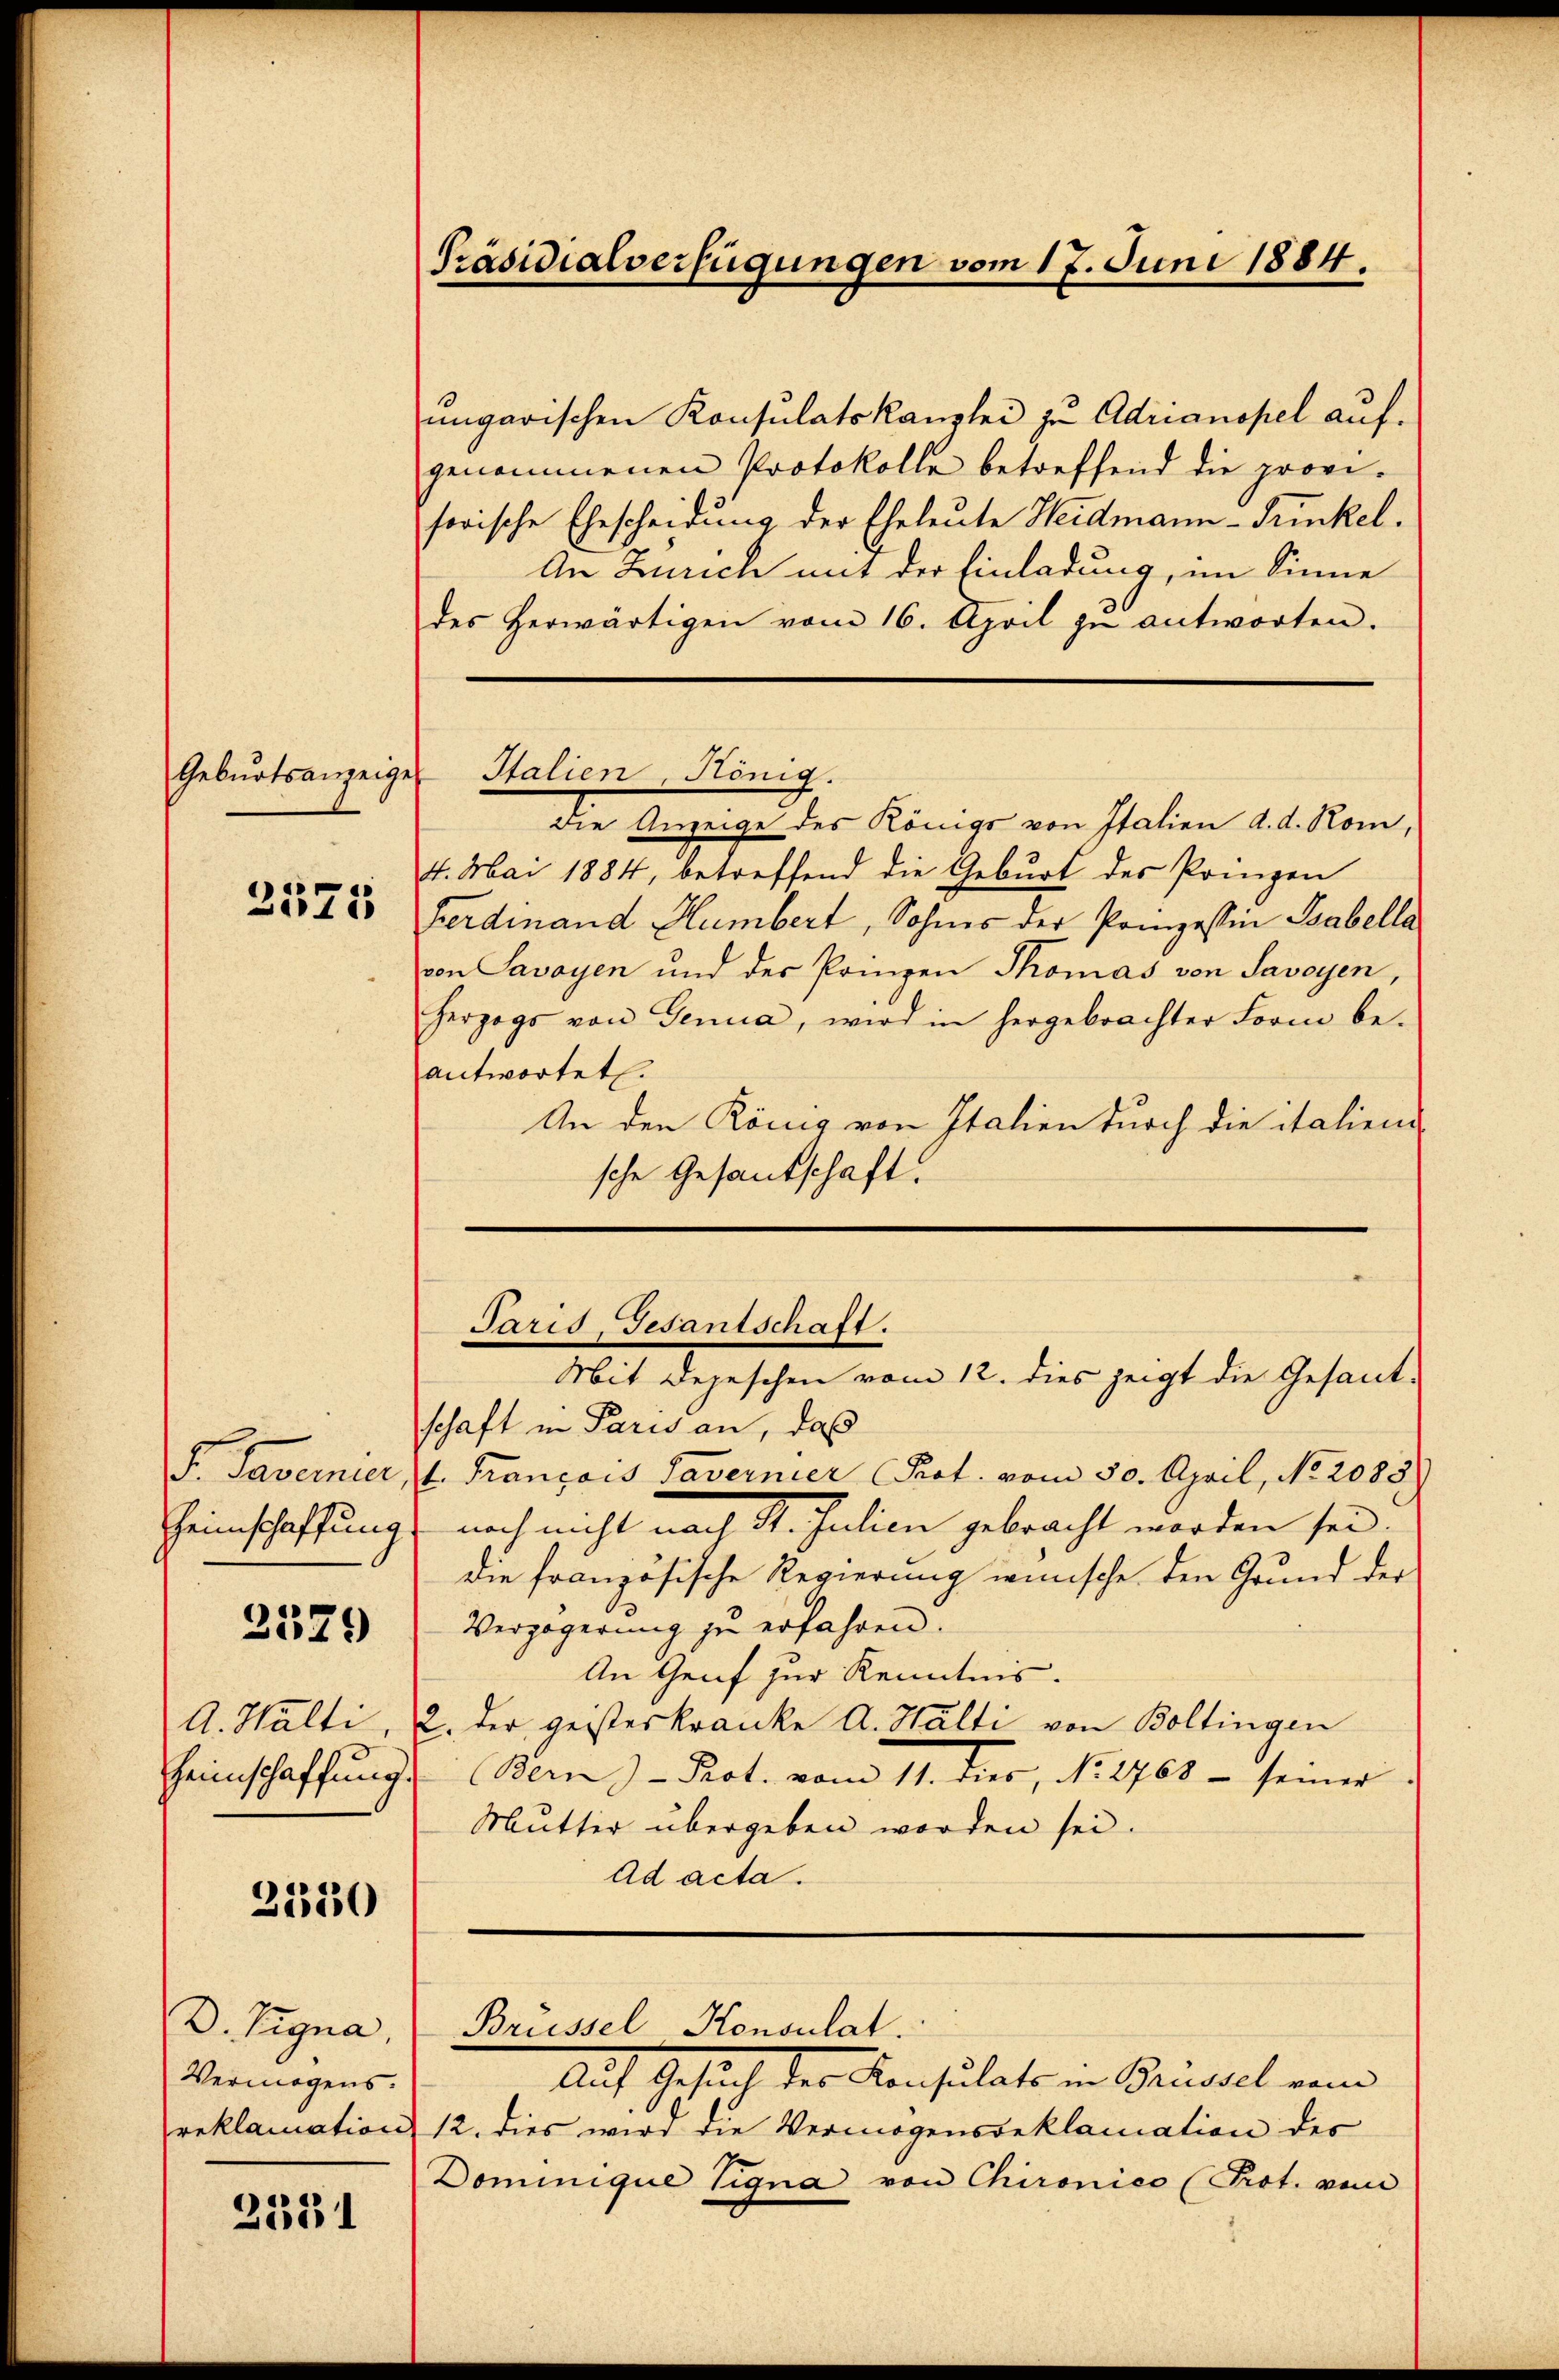
2571

Heimschaffung.

2579

A. Hulti
Heimschaffung.

2330

D. Signa,
Vermögens.
reklamation

2521

Präsidialverfügungen vom 17. Juni 1884.

ungarischen Konsulatskanzlei zu Adrianopel aufgenommenen Protokolle betreffend die provi-
sorische Ehescheidung der Eheleute Heidmann - Trinkel.
An Zürich mit der Einladung, im Sinne
des herwärtigen vom 16. April zŭ antworten.
die Anzeige des Königs von Italien d. d. Rom,
4. Mai 1884, betreffend die Geburt des Prinzen
Ferdinand Humbert, Sohnes der Prinzessin Gabella
von Savoyen und der Prinzen Thomas von Savoyen,
herzogs von Genua, wird in hergebrachter Form be-
antwortet.
An den König von Italien durch die italiend
sche Gesandschaft.

Gebŭrtsanzeiger Italien, König.

Paris, Gesantschaft.
Mit Depeschen vom 12. dies zeigt die Gesand-

schaft in Paris an, daß
F. Tavernier, 1. Français Tavernier Prof. vom 30. April, No 1085.
noch nicht nach St. Julien gebracht worden sei.
die französische Regierung wünsche den Grund der
Verzögerung zu erfahren.
An Genf zur Kenntnis.
2. der geisteskranke A. Halti von Boltingen
Bern) - Pot. vom 11. Jus, No. 1761 - seiner
Mutter übergeben worden sei.
Ad acta.

Brüssel Konsulat.

Auf Gesuch der Konsulato in Gründel vom
212. dies wird die Vermögensbeklamation des
Dominique signa von Chironico (Prot. vom